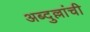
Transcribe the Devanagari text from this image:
अब्दुल्लांची